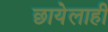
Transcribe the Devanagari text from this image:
छायेलाही